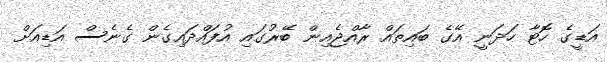
އަޑީގެ ހޮޓާ ހަދަނީ އޭގެ ބައިތައް ރާއްޖެއިން ބޭރުގައި އުފައްދައިގެން ގެނެސް އަޑިއަށް